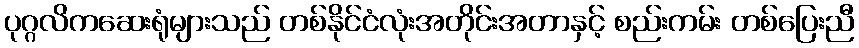
ပုဂ္ဂလိကဆေးရုံများသည် တစ်နိုင်ငံလုံးအတိုင်းအတာနှင့် စည်းကမ်း တစ်ပြေးညီ